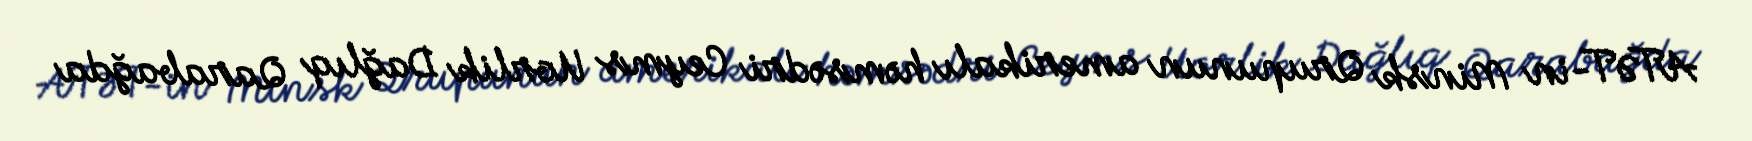
ATƏT-in Minsk Qrupunun amerikalı həmsədri Ceyms Uorlik Dağlıq Qarabağda